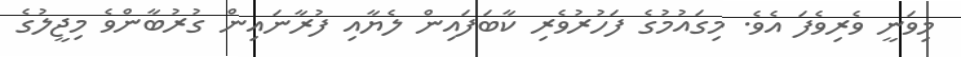
މިވަނީ ވެރިވެފަ އެވެ. މިގައުމުގެ ފަހުރުވެރި ކާބަފައިން ލެޔާއި ފުރާނައިން ގުރުބާންވެ މިޖީލުގެ